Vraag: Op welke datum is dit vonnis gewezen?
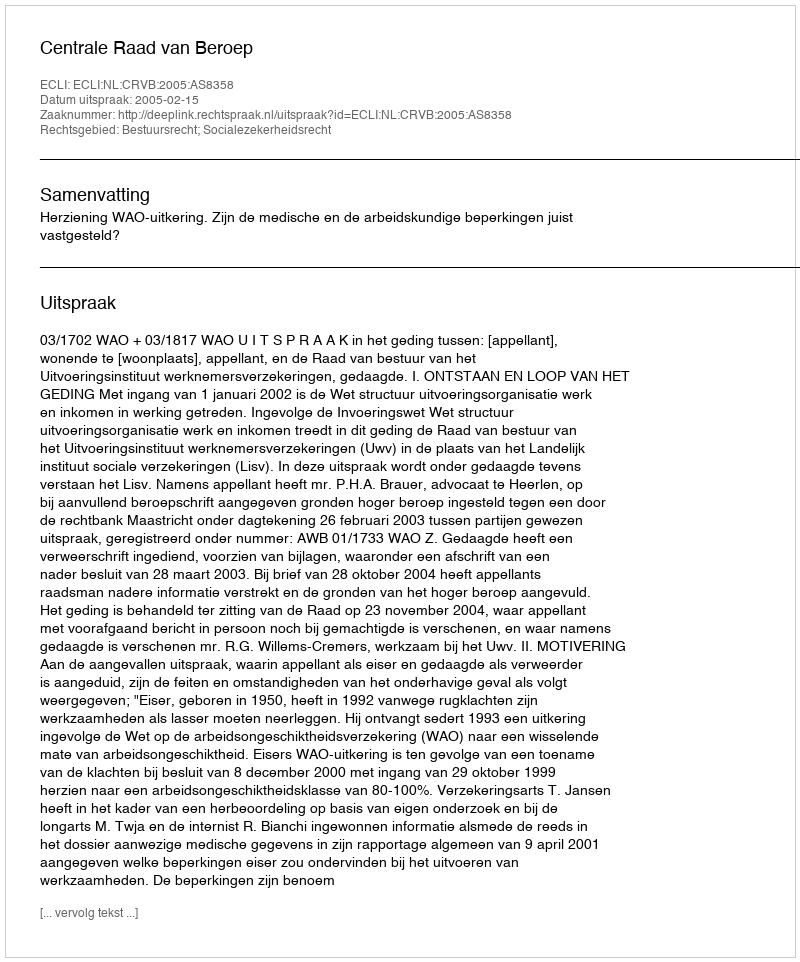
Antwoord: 2005-02-15